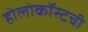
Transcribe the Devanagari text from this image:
होलोकॉस्टची